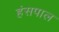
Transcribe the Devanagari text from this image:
हंसपाल